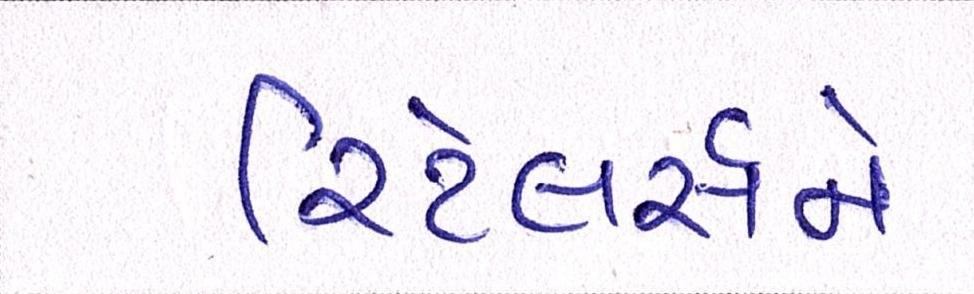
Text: રિટેલર્સને